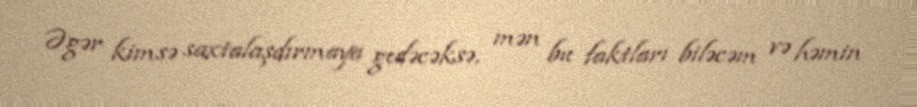
Əgər kimsə saxtalaşdırmaya gedəcəksə, mən bu faktları biləcəm və həmin